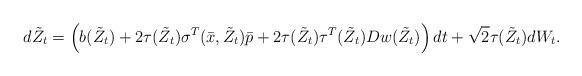
LaTeX: \begin{align*}d \tilde{Z}_t=\left(b(\tilde{Z}_t) +2\tau(\tilde{Z}_t)\sigma^T(\bar{x}, \tilde{Z}_t) \bar{p} +2\tau(\tilde{Z}_t) \tau^T(\tilde{Z}_t)Dw(\tilde{Z}_t)\right) dt +\sqrt{2} \tau(\tilde{Z}_t) d W_t.\end{align*}